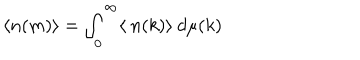
\langle n ( m ) \rangle = \int _ { 0 } ^ { \infty } \langle \: n ( k ) \rangle \: d \mu ( k )